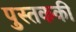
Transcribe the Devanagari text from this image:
पुस्तककी